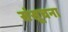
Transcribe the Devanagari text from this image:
संसूचना